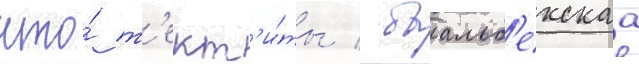
что́ т'ект'и́ты / баальб'екскаа